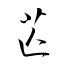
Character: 芒